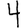
Digit: 4